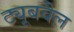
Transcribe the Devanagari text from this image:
ट्यूबवैल